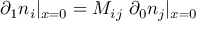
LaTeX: \partial _ { 1 } n _ { i } | _ { x = 0 } = M _ { i j } \, \, \partial _ { 0 } n _ { j } | _ { x = 0 }